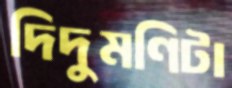
দিদুমণিটা